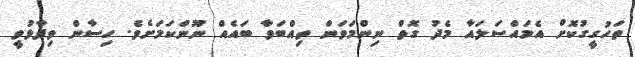
ތަހުގީގުކޮށް އެމައްސަލައާ މެދު ގޮތް ނިންމަވަން ތިއްބަވާ ބައެއް ނޫންކަމަށެވެ. ހިސާން ވިދާޅުވީ